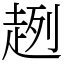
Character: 趔